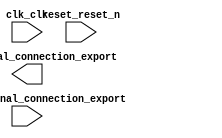

module hello_world (
	clk_clk,
	reset_reset_n,
	switch_external_connection_export,
	led_external_connection_export);	

	input		clk_clk;
	input		reset_reset_n;
	input		switch_external_connection_export;
	output		led_external_connection_export;
endmodule